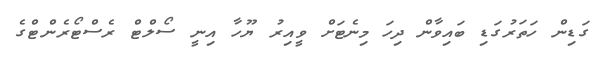
ގަޑިން ހަތަރުގަޑި ބައިވާން ދިހަ މިނެޓަށް ވީއިރު ޔޫހާ އިނީ ސޯލްޓް ރެސްޓޯރެންޓްގެ